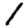
Digit: 1